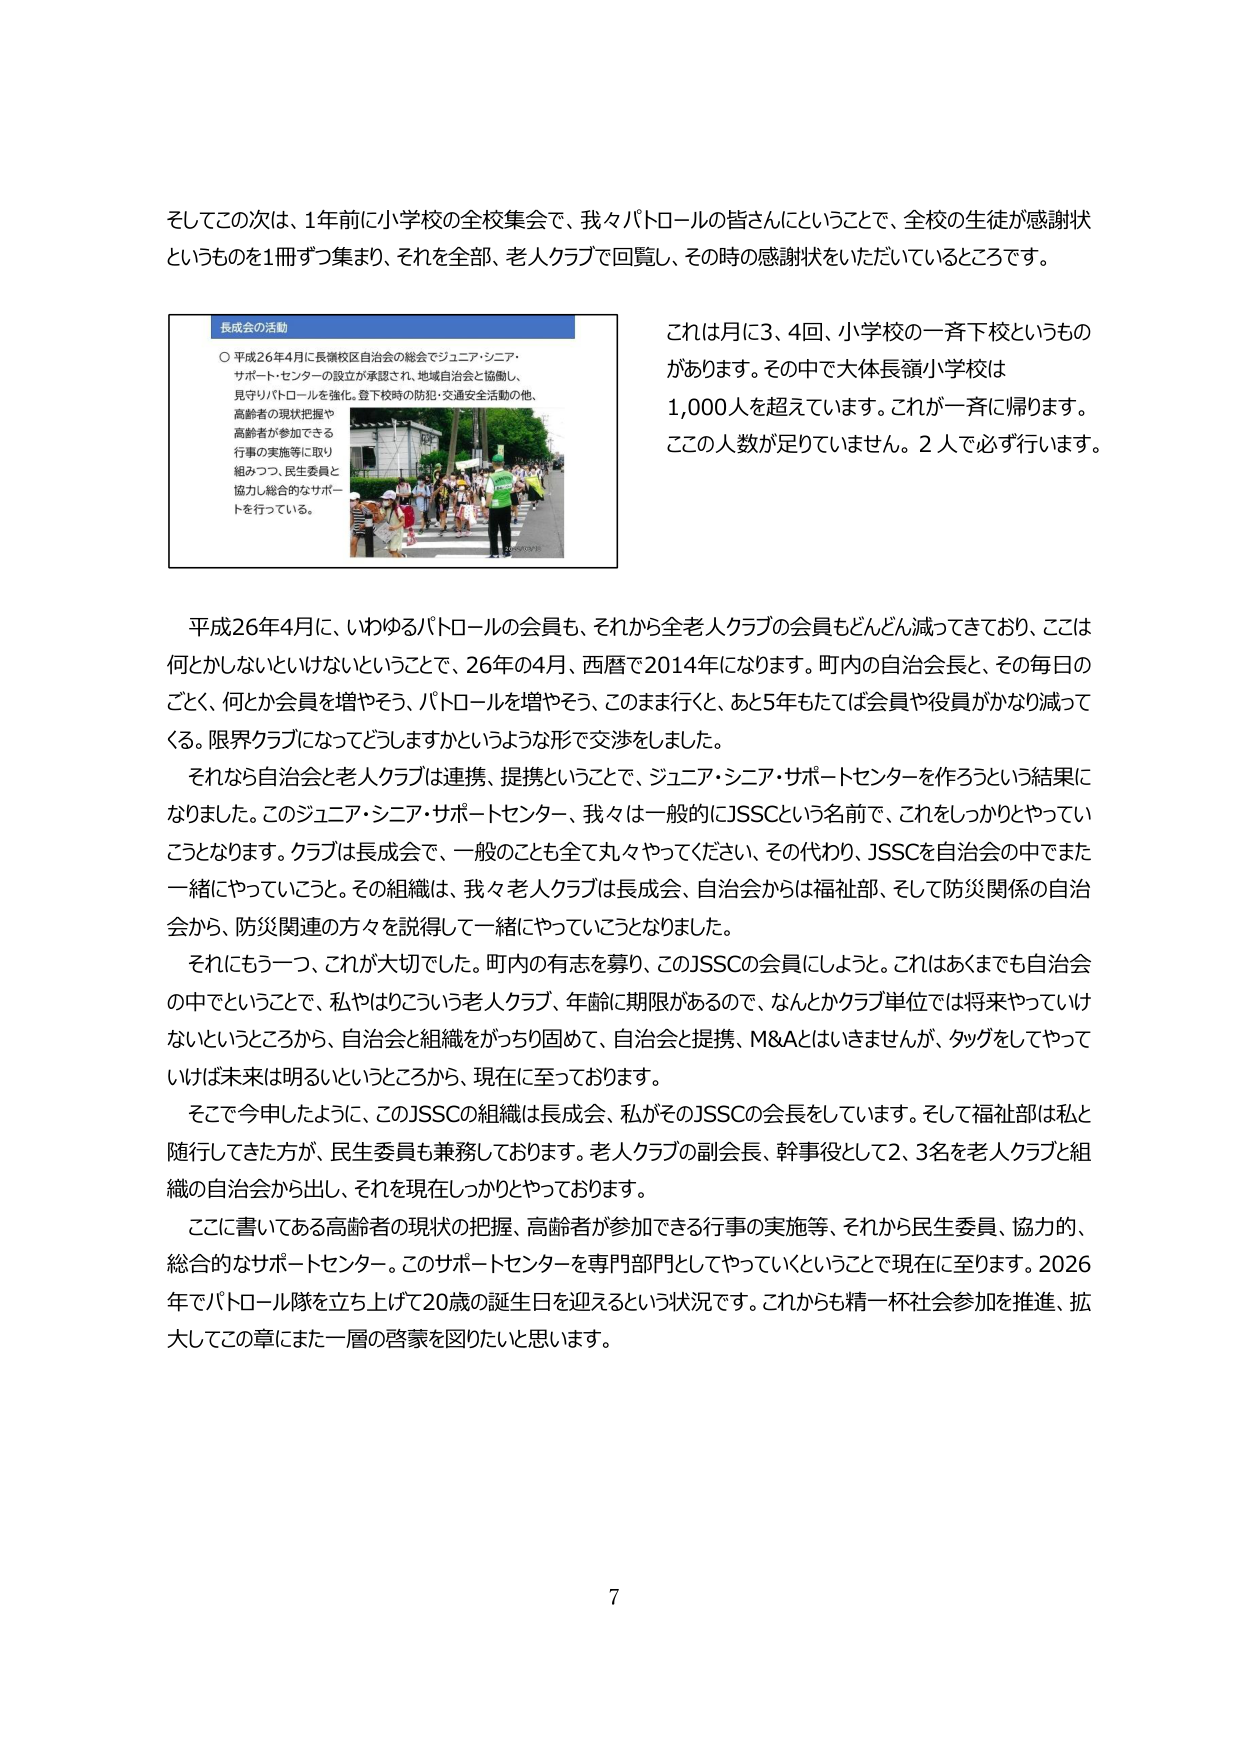
そしてこの次は、1年前に小学校の全校集会で、我々パトロールの皆さんということで、全校の生徒が感謝状というものをお1冊ずつ集まり、それを全部、老人クラブで回覧し、その時の感謝状をいただいているところです。

長成会の活動
○ 平成26年4月に長嶺校区自治会の総会でジュニア・シニア・サポート・センターの設立が承認され、地域自治会と協働し、見守りパトロールを強化。登下校時の防犯・交通安全活動の他、高齢者の現状把握や高齢者が参加できる行事の実施等に取り組みつつ、民生委員と協力し総合的なサポートを行っている。

これは月に3、4回、小学校の一斉下校というものがあります。その中で大体長嶺小学校は1,000人を超えています。これが一斉に帰ります。ここの人数が足りていません。2人で必ず行います。

平成26年4月に、いわゆるパトロールの会員も、それから全老人クラブの会員もどんどん減ってきており、ここは何とかしないといけないということで、26年の4月、西暦で2014年になります。町内の自治会長と、その毎日のごとく、何か会員を増やそう、パトロールを増やそう、このまま行くと、あと5年もたてば会員や役員がかなり減ってくる。限界クラブになってどうしますかというような形で交渉をしました。

それなら自治会と老人クラブは連携、提携ということで、ジュニア・シニア・サポートセンターを作ろうという結果になりました。このジュニア・シニア・サポートセンター、我々は一般的にJSSCという名前で、これをしっかりやっていこうとなります。クラブは長成会で、一般のことも全て丸々やってください、その代わり、JSSCを自治会の中でまた一緒にやっていこうと。その組織は、我々老人クラブは長成会、自治会からは福祉部、そして防災関係の自治会から、防災関連の方々を説得して一緒にやっていこうとなりました。

それにもう一つ、これが大切でした。町内の有志を募り、このJSSCの会員にしよう。これはあくまでも自治会の中でということで、私やはりこういう老人クラブ、年齢に期限があるので、なんとかクラブ単位では将来やっていけないというところから、自治会と組織をがっちり固めて、自治会と提携、M&Aとはいきませんが、タッグをしてやっていけば未来は明るいというところから、現在に至っております。

そこで今申したように、このJSSCの組織は長成会、私がそのJSSCの会長をしています。そして福祉部は私と随行してきた方が、民生委員も兼務しております。老人クラブの副会長、幹事役として2、3名を老人クラブと組織の自治会から出し、それを現在しっかりやっております。

ここに書いてある高齢者の現状の把握、高齢者が参加できる行事の実施等、それから民生委員、協力的、総合的なサポートセンター。このサポートセンターを専門部門としてやっていくということで現在に至ります。2026年でパトロール隊を立ち上げて20歳の誕生日を迎えるという状況です。これからも精一杯社会参加を推進、拡大してこの章にまた一層の啓蒙を図りたいと思います。

7